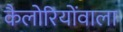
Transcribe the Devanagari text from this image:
कैलोरियोंवाला